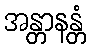
အန္တာနန္တံ